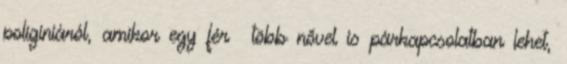
poligíniáról, amikor egy férﬁ több nővel is párkapcsolatban lehet,